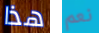
هذا نعم